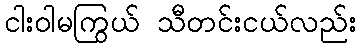
ငါးဝါမကြွယ် သီတင်းငယ်လည်း